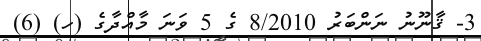
3- ޤާނޫނު ނަންބަރު 8/2010 ގެ 5 ވަނަ މާއްދާގެ (ހ) (6)